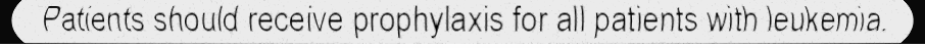
Patients should receive prophylaxis for all patients with leukemia.